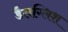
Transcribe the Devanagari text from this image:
डैलग्लिश